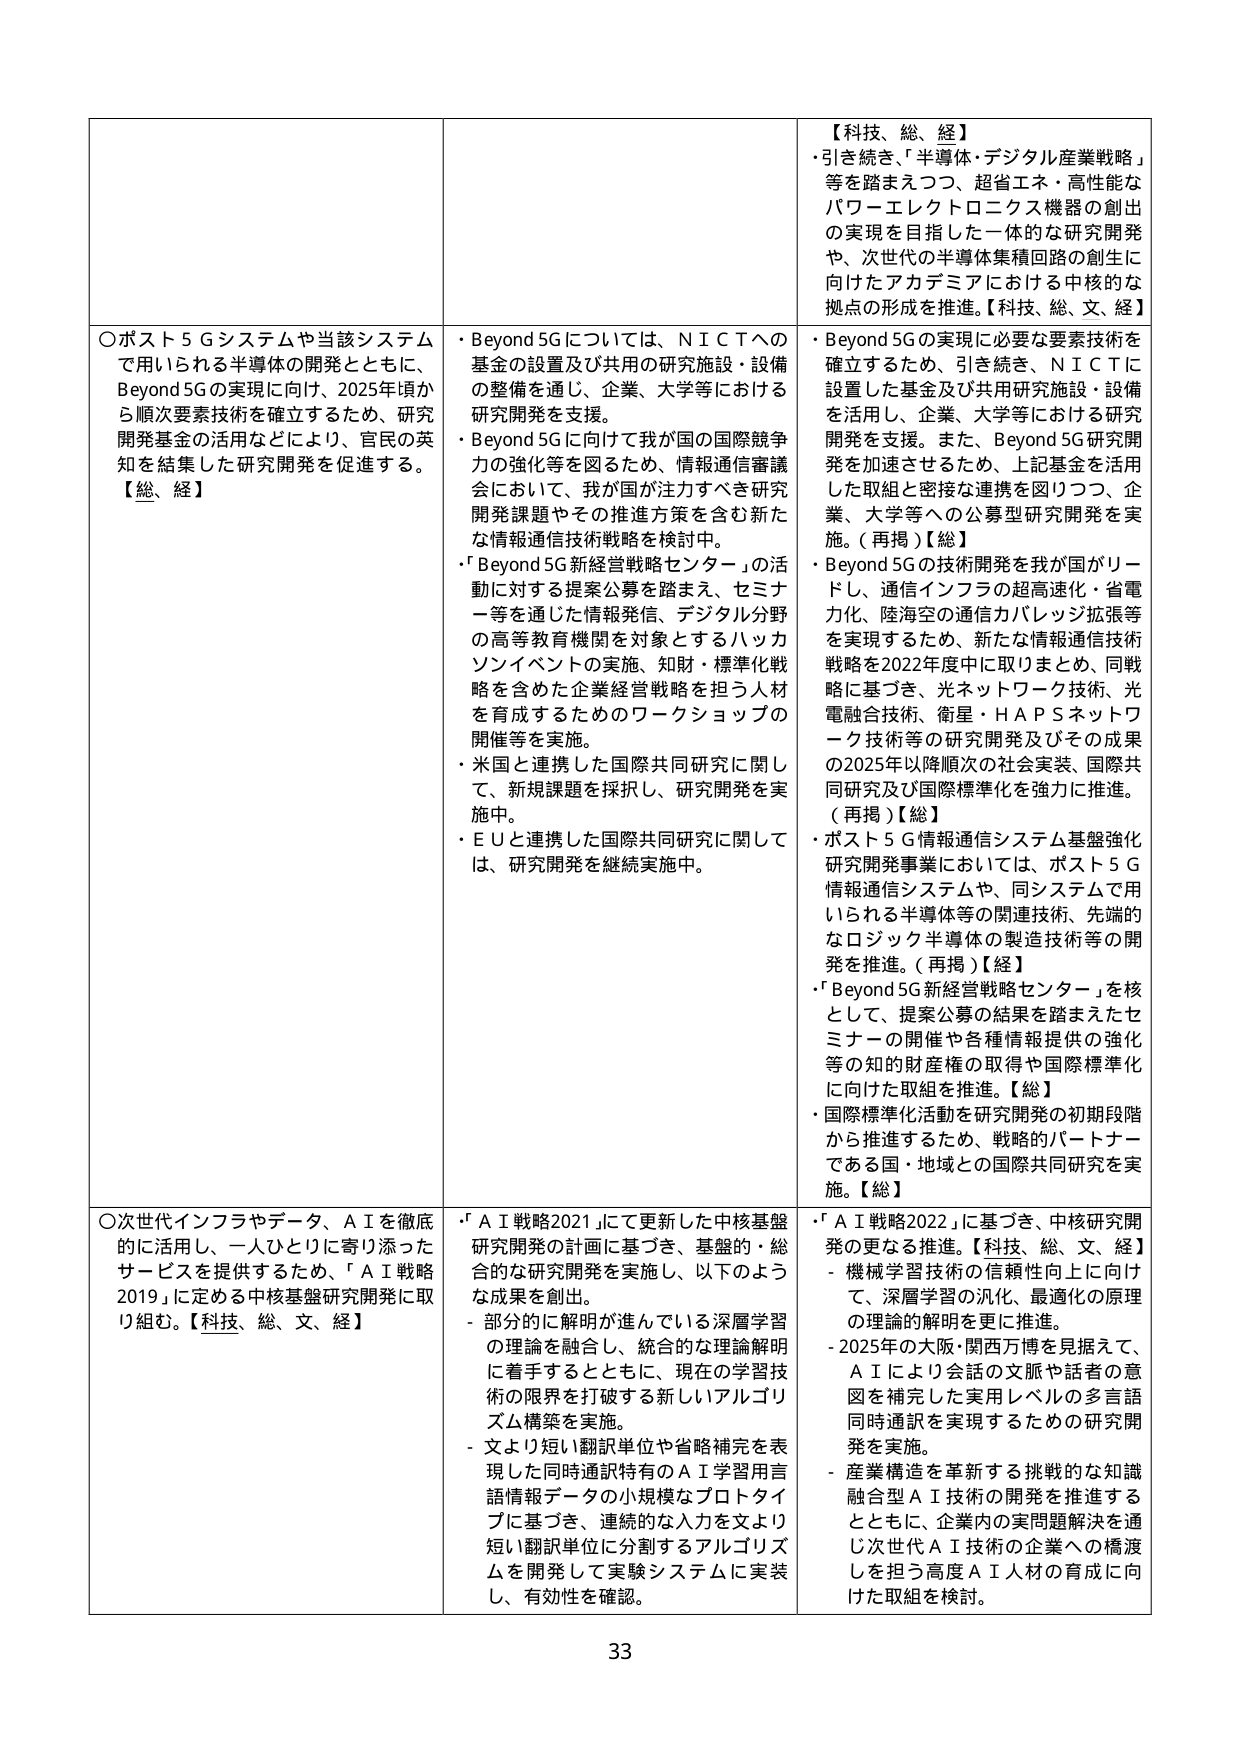
【科技、総、経】
・引き続き、「半導体・デジタル産業戦略」等を踏まえつつ、超省エネ・高性能なパワーエレクトロニクス機器の創出の実現を目指した一体的な研究開発や、次世代の半導体集積回路の創生に向けたアカデミアにおける中核的な拠点の形成を推進。【科技、総、文、経】

〇ポスト５Ｇシステムや当該システムで用いられる半導体の開発とともに、Beyond 5Gの実現に向け、2025年頃から順次要素技術を確立するため、研究開発基金の活用などにより、官民の英知を結集した研究開発を促進する。【総、経】

・Beyond 5Gについては、ＮＩＣＴへの基金の設置及び共用の研究施設・設備の整備を通じ、企業、大学等における研究開発を支援。
・Beyond 5Gに向けた我が国の国際競争力の強化等を図るため、情報通信審議会において、我が国が注力すべき研究開発課題やその推進方策を含む新たな情報通信技術戦略を検討中。
・「Beyond 5G新経営戦略センター」の活動に対する提案公募を踏まえ、セミナー等を通じた情報発信、デジタル分野の高等教育機関を対象とするハッカソンイベントの実施、知財・標準化戦略を含めた企業経営戦略を担う人材を育成するためのワークショップの開催等を実施。
・米国と連携した国際共同研究に関して、新規課題を採択し、研究開発を実施中。
・ＥＵと連携した国際共同研究に関しては、研究開発を継続実施中。

・Beyond 5Gの実現に必要な要素技術を確立するため、引き続き、ＮＩＣＴに設置した基金及び共用研究施設・設備を活用し、企業、大学等における研究開発を支援。また、Beyond 5G研究開発を加速させるため、上記基金を活用した取組と密接な連携を図りつつ、企業、大学等への公募型研究開発を実施。（再掲）【総】
・Beyond 5Gの技術開発を我が国がリードし、通信インフラの超高速化・省電力化、陸海空の通信カバレッジ拡張等を実現するため、新たな情報通信技術戦略を2022年度中に取りまとめ、同戦略に基づき、光ネットワーク技術、光電融合技術、衛星・ＨＡＰＳネットワーク技術等の研究開発及びその成果の2025年以降順次の社会実装、国際共同研究及び国際標準化を強力に推進。（再掲）【総】
・ポスト５Ｇ情報通信システム基盤強化研究開発事業においては、ポスト５Ｇ情報通信システムや、同システムで用いられる半導体等の関連技術、先端的なロジック半導体の製造技術等の開発を推進。（再掲）【経】
・「Beyond 5G新経営戦略センター」を核として、提案公募の結果を踏まえたセミナーの開催や各種情報提供の強化等の知的財産権の取得や国際標準化に向けた取組を推進。【総】
・国際標準化活動を研究開発の初期段階から推進するため、戦略的パートナーである国・地域との国際共同研究を実施。【総】

〇次世代インフラやデータ、ＡＩを徹底的に活用し、一人ひとりに寄り添ったサービスを提供するため、「ＡＩ戦略2019」に定める中核基盤研究開発に取り組む。【科技、総、文、経】

・「ＡＩ戦略2021」にて更新した中核基盤研究開発の計画に基づき、基盤的・総合的な研究開発を実施し、以下のような成果を創出。
- 部分的に解明が進んでいる深層学習の理論を融合し、統合的な理論解明に着手するとともに、現在の学習技術の限界を打破する新しいアルゴリズム構築を実施。
- 文より短い翻訳単位や省略補完を表現した同時通訳特有のＡＩ学習用言語情報データの小規模なプロトタイプに基づき、連続的な入力を文より短い翻訳単位に分割するアルゴリズムを開発して実験システムに実装し、有効性を確認。

・「ＡＩ戦略2022」に基づき、中核研究開発の更なる推進。【科技、総、文、経】
- 機械学習技術の信頼性向上に向け、深層学習の汎化、最適化の原理の理論的解明を更に推進。
- 2025年の大阪・関西万博を見据えて、ＡＩにより会話の文脈や話者の意図を補完した実用レベルの多言語同時通訳を実現するための研究開発を実施。
- 産業構造を革新する挑戦的な知識融合型ＡＩ技術の開発を推進するとともに、企業内の実問題解決を通じ次世代ＡＩ技術の企業への橋渡しを担う高度ＡＩ人材の育成に向けた取組を検討。

33